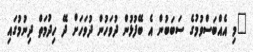
"މި އެއްބަސްވުމުގެ ސަބަބުން އެ ބޭފުޅުން ދުވަހުން ދުވަހަށް ދޭ ހިދުމަތް ދިނުމުގައި